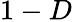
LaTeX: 1-D